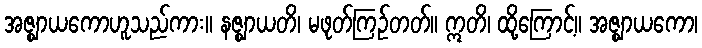
အဇ္ဈာယကောဟူသည်ကား။ နဇ္ဈာယတိ၊ မဖုတ်ကြဉ်တတ်။ ဣတိ၊ ထို့ကြောင့်။ အဇ္ဈာယကော၊